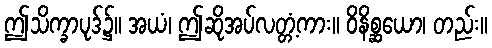
ဤသိက္ခာပုဒ်၌။ အယံ၊ ဤဆိုအပ်လတ္တံ့ကား။ ဝိနိစ္ဆယော၊ တည်း။